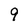
Character: 9